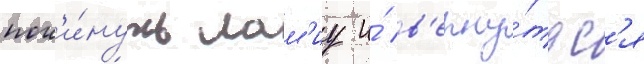
пок'и́нуть лам'иу и́ в'ерну́тьс'я